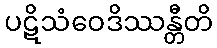
ပဋိသံဝေဒိဿန္တီတိ